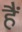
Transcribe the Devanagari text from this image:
हैं